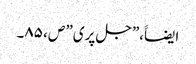
ایضاََ،”جل پری” ص، ۸۵۔